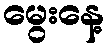
မွေးနေ့